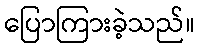
ပြောကြားခဲ့သည်။